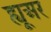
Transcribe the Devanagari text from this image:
ह्यू्अर